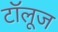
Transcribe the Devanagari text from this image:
टॉलूज